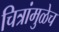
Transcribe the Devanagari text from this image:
चित्रांमुळेच